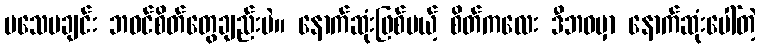
မသေမချင်း ဘဝင်စိတ်တွေချည်းပဲ။ နောက်ဆုံးဖြစ်မယ့် စိတ်ကလေး ဒီဘဝမှာ နောက်ဆုံးပေါ်တဲ့